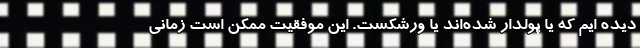
دیده ایم که یا پولدار شده‌اند یا ورشکست. این موفقیت ممکن است زمانی